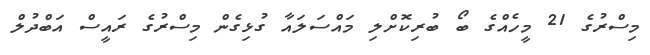
މިސްރުގެ 21 މީހެއްގެ ބޯ ބުރިކޮށްލި މައްސަލައާ ގުޅިގެން މިސްރުގެ ރައީސް އަބްދުލް